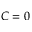
C = 0